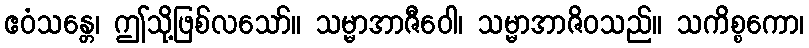
ဧဝံသန္တေ၊ ဤသို့ဖြစ်လသော်။ သမ္မာအာဇီဝေါ၊ သမ္မာအာဇိဝသည်။ သကိစ္စကော၊